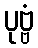
ပုဗ္ဗံ